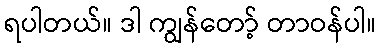
ရပါတယ်။ ဒါ ကျွန်တော့် တာဝန်ပါ။